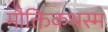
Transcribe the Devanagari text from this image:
मौक्तिकभस्म